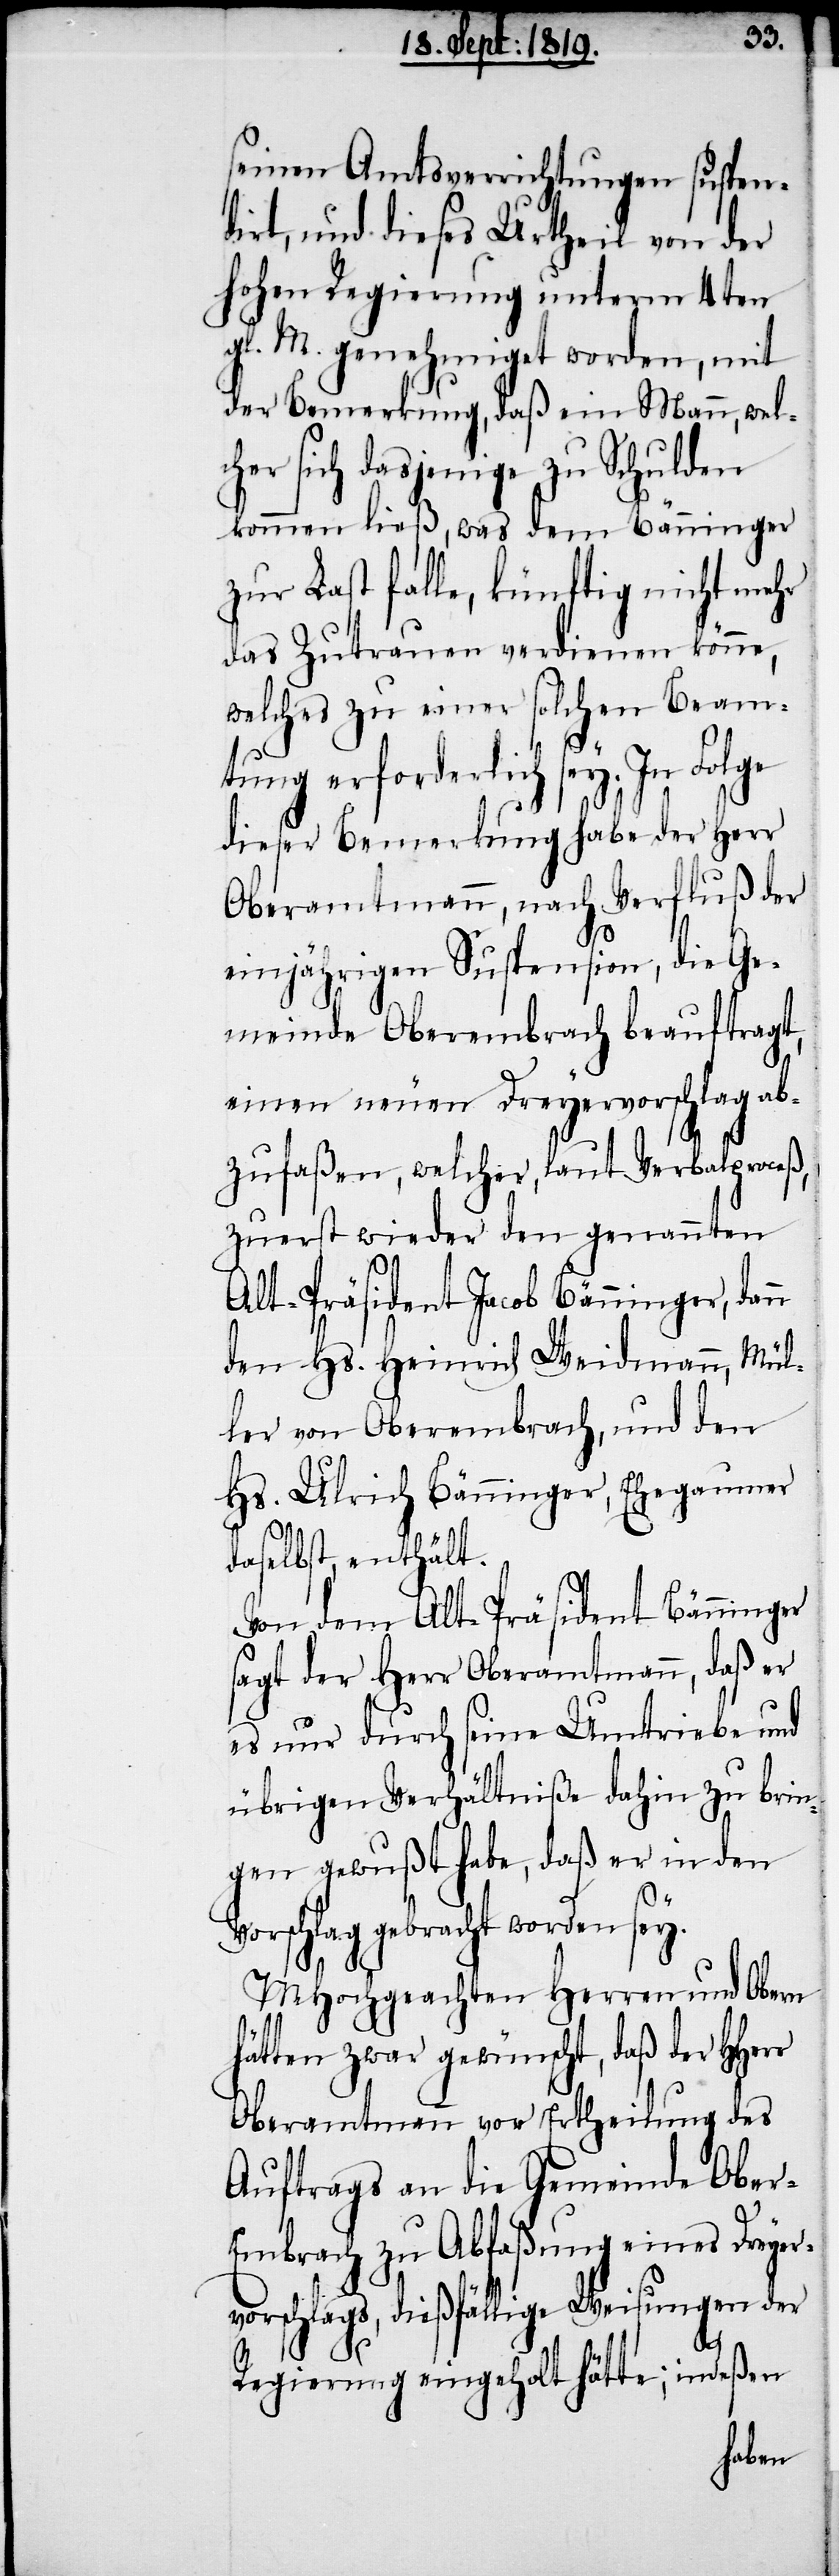
seinen Amtsverrichtungen suspen¬
dirt, und dieses Urtheil von der
hohen Regierung unterm 4ten
gl. M. genehmiget worden, mit
der Bemerkung, daß ein Mann, wel¬
cher sich dasjenige zu Schulden
kommen ließ, was dem Bänninger
zur Last falle, künftig nicht mehr
das Zutrauen verdienen könne,
welches zu einer solchen Beam¬
tung erfordelich sey. In Folge
dieser Bemerkung habe der Herr
Oberamtmann, nach Verfluß der
einjährigen Suspension, die Ge¬
meinde Oberembrach beauftragt,
einen neuen Dreyervorschlag ab¬
zufaßen, welcher, laut Verbalproceß,
zuerst wieder den genannten
Alt-Präsident Jacob Bänninger, dann
den Hs. Heinrich Weidmann, Mül¬
ler von Oberembrach, und den
Hs. Ulrich Bänninger, Ehegaumer
daselbst, enthält.
Von dem Alt-Präsident Bänninger
sagt der Herr Oberamtmann, daß er
es nur durch seine Umtriebe und
übrigen Verhältniße dahin zu brin¬
gen gewußt habe, daß er in den
Vorschlag gebracht worden sey.
MHochgeachten Herrn und Obern
hätten zwar gewünscht, daß der HHerr
Oberamtmann vor Ertheilung des
Auftrags an die Gemeinde Ober-E¬
mbrach zu Abfaßung eines Dreyer¬
vorschlags, dießfällige Weisungen der
Regierung eingeholt hätte; indeßen